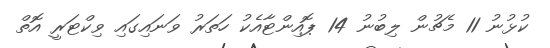
ކުޅުނު 11 މެޗުން ލިބުނު 14 ޕޮއިންޓާއެކު ހަތަރު ވަނައިގައި ވިކްޓަރީ އޮތް